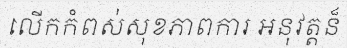
លើកកំពស់សុខភាពការ អនុវត្តន៏